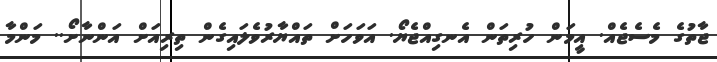
ޖާތުގެ މެސެޖެއް. އީމަން ހުރިތަން އެނގިއްޖެޔޯ. އަވަހަށް ތައްޔާރުވެލައިގެން ތިރިއަށް އަންނާށޯ.. މަންމާ